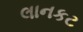
લાનકટ